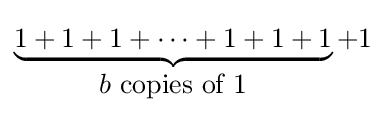
\underbrace {1+1+1+\cdots +1+1+1} _{\displaystyle b{\mbox{ copies of 1}}}+1